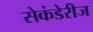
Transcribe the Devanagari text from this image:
सेकंडेरीज